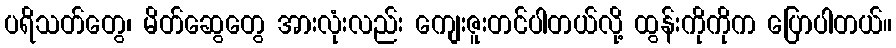
ပရိသတ်တွေ၊ မိတ်ဆွေတွေ အားလုံးလည်း ကျေးဇူးတင်ပါတယ်လို့ ထွန်းကိုကိုက ပြောပါတယ်။